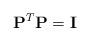
LaTeX: \begin{align*}{\bf P} ^T {\bf P} = {\bf I}\end{align*}